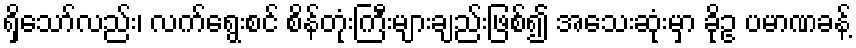
ရှိသော်လည်း၊ လက်ရွေးစင် စိန်တုံးကြီးများချည်းဖြစ်၍ အသေးဆုံးမှာ ခိုဥ ပမာဏခန့်